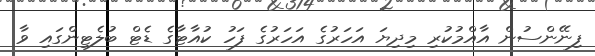
ފިނޭންސުން އާއްމުކުރި މިދިޔަ އަހަރުގެ އަހަރުގެ ފަހު ކުއާޓާގެ ޑެޓް ބުލެޓިންގައި ވާ